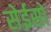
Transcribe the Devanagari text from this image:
सेईसो